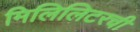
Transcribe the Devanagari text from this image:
मिलिलिटरची